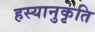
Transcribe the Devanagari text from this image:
हस्यानुकृति